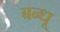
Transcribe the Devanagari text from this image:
बन्धू